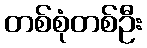
တစ်စုံတစ်ဦး